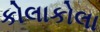
કોલાકોલા